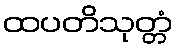
ထပတိသုတ္တံ